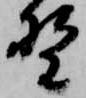
野